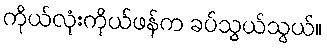
ကိုယ်လုံးကိုယ်ဖန်က ခပ်သွယ်သွယ်။